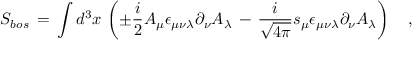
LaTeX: S _ { b o s } \, = \, \int d ^ { 3 } x \, \left( \pm \frac { i } { 2 } A _ { \mu } \epsilon _ { \mu \nu \lambda } \partial _ { \nu } A _ { \lambda } \, - \, \frac { i } { \sqrt { 4 \pi } } s _ { \mu } \epsilon _ { \mu \nu \lambda } \partial _ { \nu } A _ { \lambda } \right) ~ ~ ~ ,